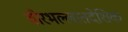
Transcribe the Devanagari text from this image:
वीरभल्लातदेशिक